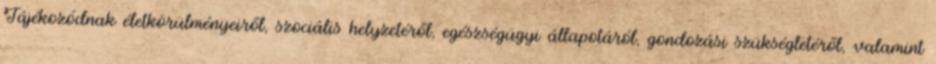
Tájékozódnak életkörülményeiről, szociális helyzetéről, egészségügyi állapotáról, gondozási szükségletéről, valamint